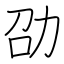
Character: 劭